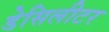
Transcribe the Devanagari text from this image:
डेसिलीटर